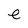
Character: e